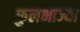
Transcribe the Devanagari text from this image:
फुलभाज्या